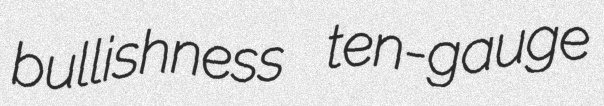
bullishness ten-gauge